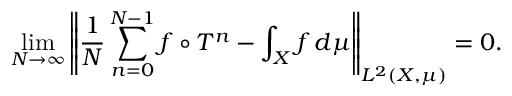
\operatorname* { l i m } _ { N \to \infty } \left\| { \frac { 1 } { N } } \sum _ { n = 0 } ^ { N - 1 } f \circ T ^ { n } - \int _ { X } f \, d \mu \right\| _ { L ^ { 2 } ( X , \mu ) } = 0 .